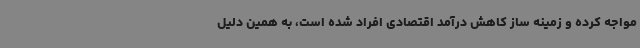
مواجه کرده و زمینه ساز کاهش درآمد اقتصادی افراد شده است، به همین دلیل